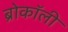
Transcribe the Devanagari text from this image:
ब्रोकॉली